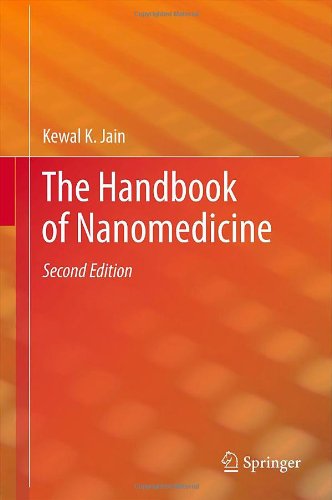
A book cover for The Handbook of Nanomedicine; Kewal K. Jain; Medical Books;